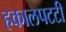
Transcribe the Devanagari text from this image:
हकालपटटी